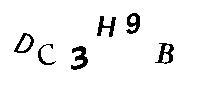
DC3H9B